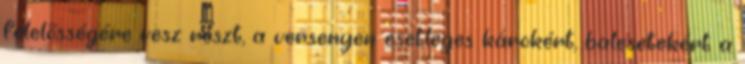
felelősségére vesz részt, a versenyen esetleges károkért, balesetekért a